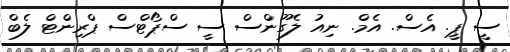
ސީ ޕީ. އެސް. އެމް. ނިއު ލެގޫންސް ސީ ސްޕޯޓްސް ޕްރިންޓް ލެބް